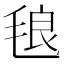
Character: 𭯙